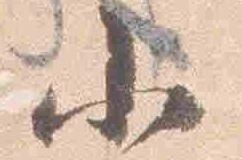
小